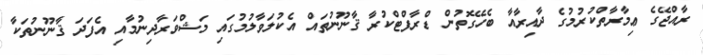
ރާއްޖޭގެ ޢިމާރާތްކުރުމުގެ ދާއިރާއާ ބެހޭގޮތުން ޑްރާފްޓްކުރާ ޤާނޫނުތައް އެކުލަވާލުމުގައި މަޝްވަރާދިނުމާއި އެފަދަ ޤާނޫނުތަކާ